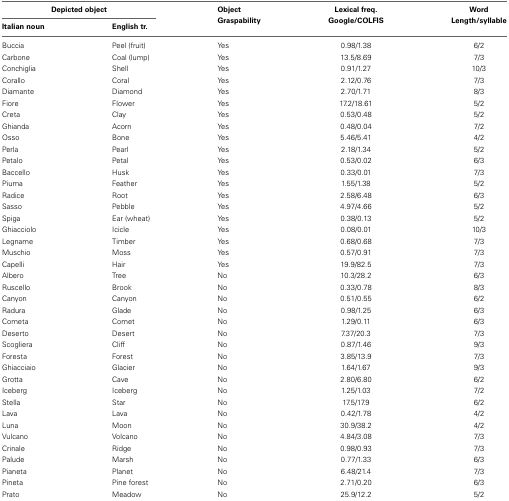
<table><thead><tr><td colspan="2"><b>Depicted object</b></td><td><b>Object Graspability</b></td><td><b>Lexical freq. Google/COLFIS</b></td><td><b>Word Length/syllable</b></td></tr><tr><td><b>Italian noun</b></td><td><b>English tr.</b></td><td></td><td></td><td></td></tr></thead><tbody><tr><td>Buccia</td><td>Peel (fruit)</td><td>Yes</td><td>0.98/1.38</td><td>6/2</td></tr><tr><td>Carbone</td><td>Coal (lump)</td><td>Yes</td><td>13.5/8.69</td><td>7/3</td></tr><tr><td>Conchiglia</td><td>Shell</td><td>Yes</td><td>0.91/1.27</td><td>10/3</td></tr><tr><td>Corallo</td><td>Coral</td><td>Yes</td><td>2.12/0.76</td><td>7/3</td></tr><tr><td>Diamante</td><td>Diamond</td><td>Yes</td><td>2.70/1.71</td><td>8/3</td></tr><tr><td>Fiore</td><td>Flower</td><td>Yes</td><td>17.2/18.61</td><td>5/2</td></tr><tr><td>Creta</td><td>Clay</td><td>Yes</td><td>0.53/0.48</td><td>5/2</td></tr><tr><td>Ghianda</td><td>Acorn</td><td>Yes</td><td>0.48/0.04</td><td>7/2</td></tr><tr><td>Osso</td><td>Bone</td><td>Yes</td><td>5.46/5.41</td><td>4/2</td></tr><tr><td>Perla</td><td>Pearl</td><td>Yes</td><td>2.18/1.34</td><td>5/2</td></tr><tr><td>Petalo</td><td>Petal</td><td>Yes</td><td>0.53/0.02</td><td>6/3</td></tr><tr><td>Baccello</td><td>Husk</td><td>Yes</td><td>0.33/0.01</td><td>7/3</td></tr><tr><td>Piuma</td><td>Feather</td><td>Yes</td><td>1.55/1.38</td><td>5/2</td></tr><tr><td>Radice</td><td>Root</td><td>Yes</td><td>2.58/6.48</td><td>6/3</td></tr><tr><td>Sasso</td><td>Pebble</td><td>Yes</td><td>4.97/4.66</td><td>5/2</td></tr><tr><td>Spiga</td><td>Ear (wheat)</td><td>Yes</td><td>0.38/0.13</td><td>5/2</td></tr><tr><td>Ghiacciolo</td><td>Icicle</td><td>Yes</td><td>0.08/0.01</td><td>10/3</td></tr><tr><td>Legname</td><td>Timber</td><td>Yes</td><td>0.68/0.68</td><td>7/3</td></tr><tr><td>Muschio</td><td>Moss</td><td>Yes</td><td>0.57/0.91</td><td>7/3</td></tr><tr><td>Capelli</td><td>Hair</td><td>Yes</td><td>19.9/82.5</td><td>7/3</td></tr><tr><td>Albero</td><td>Tree</td><td>No</td><td>10.3/28.2</td><td>6/3</td></tr><tr><td>Ruscello</td><td>Brook</td><td>No</td><td>0.33/0.78</td><td>8/3</td></tr><tr><td>Canyon</td><td>Canyon</td><td>No</td><td>0.51/0.55</td><td>6/2</td></tr><tr><td>Radura</td><td>Glade</td><td>No</td><td>0.98/1.25</td><td>6/3</td></tr><tr><td>Cometa</td><td>Comet</td><td>No</td><td>1.29/0.11</td><td>6/3</td></tr><tr><td>Deserto</td><td>Desert</td><td>No</td><td>7.37/20.3</td><td>7/3</td></tr><tr><td>Scogliera</td><td>Cliff</td><td>No</td><td>0.87/1.46</td><td>9/3</td></tr><tr><td>Foresta</td><td>Forest</td><td>No</td><td>3.85/13.9</td><td>7/3</td></tr><tr><td>Ghiacciaio</td><td>Glacier</td><td>No</td><td>1.64/1.67</td><td>9/3</td></tr><tr><td>Grotta</td><td>Cave</td><td>No</td><td>2.80/6.80</td><td>6/2</td></tr><tr><td>Iceberg</td><td>Iceberg</td><td>No</td><td>1.25/1.03</td><td>7/2</td></tr><tr><td>Stella</td><td>Star</td><td>No</td><td>17.5/17.9</td><td>6/2</td></tr><tr><td>Lava</td><td>Lava</td><td>No</td><td>0.42/1.78</td><td>4/2</td></tr><tr><td>Luna</td><td>Moon</td><td>No</td><td>30.9/38.2</td><td>4/2</td></tr><tr><td>Vulcano</td><td>Volcano</td><td>No</td><td>4.84/3.08</td><td>7/3</td></tr><tr><td>Crinale</td><td>Ridge</td><td>No</td><td>0.98/0.93</td><td>7/3</td></tr><tr><td>Palude</td><td>Marsh</td><td>No</td><td>0.77/1.33</td><td>6/3</td></tr><tr><td>Pianeta</td><td>Planet</td><td>No</td><td>6.48/21.4</td><td>7/3</td></tr><tr><td>Pineta</td><td>Pine forest</td><td>No</td><td>2.71/0.20</td><td>6/3</td></tr><tr><td>Prato</td><td>Meadow</td><td>No</td><td>25.9/12.2</td><td>5/2</td></tr></tbody></table>